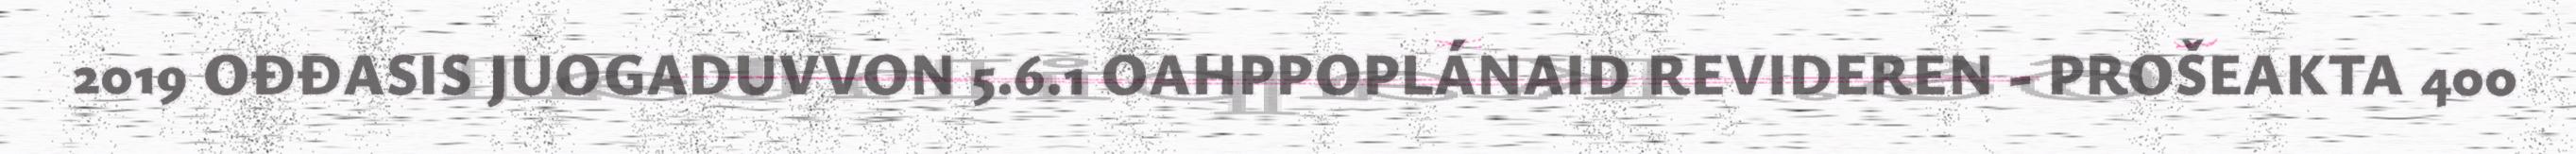
2019 OĐĐASIS JUOGADUVVON 5.6.1 OAHPPOPLÁNAID REVIDEREN - PROŠEAKTA 400